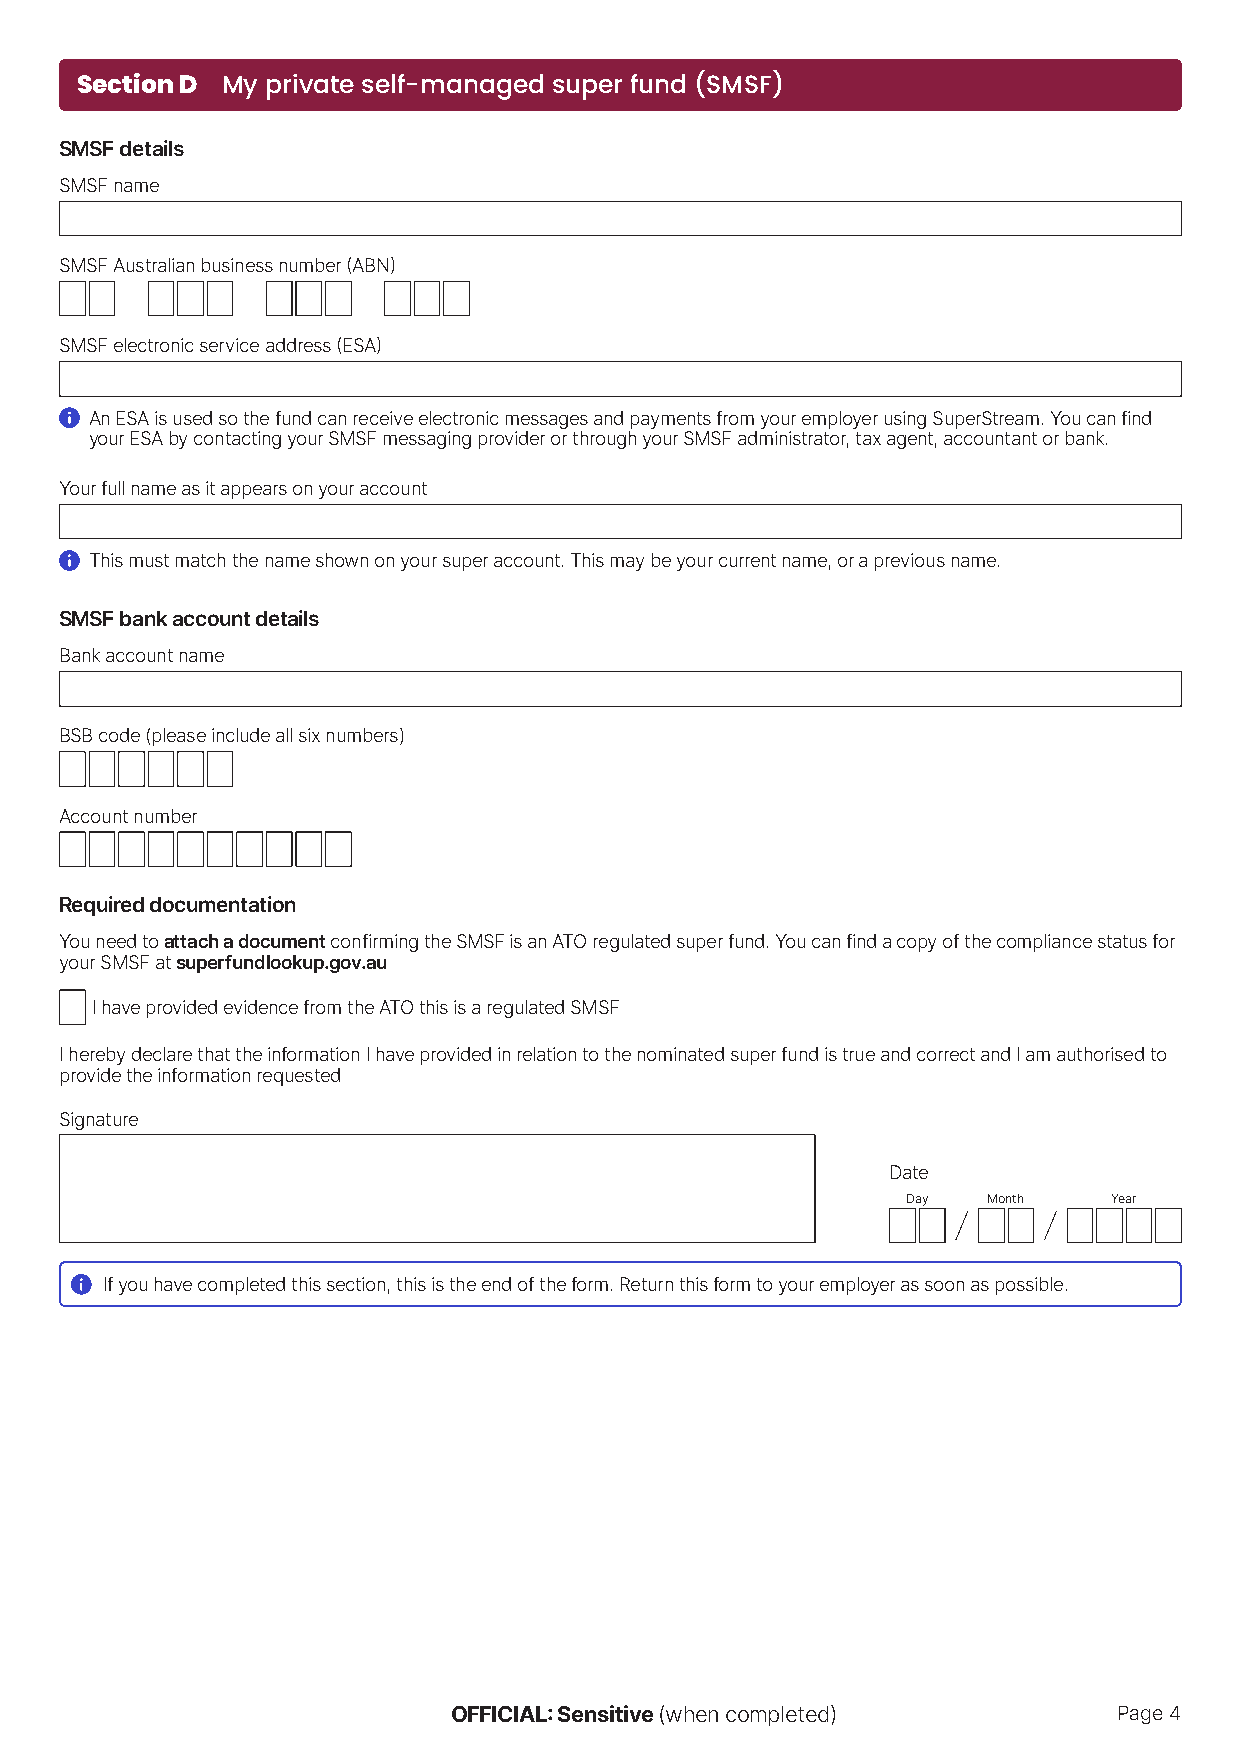
Section D My private self-managed super fund (SMSF)
 SMSF details
 SMSF name
 SMSF Australian business number (ABN)
 SMSF electronic service address (ESA)
 An ESA is used so the fund can receive electronic messages and payments from your employer using SuperStream. You can find
 your ESA by contacting your SMSF messaging provider or through your SMSF administrator, tax agent, accountant or bank.
 Your full name as it appears on your account
 This must match the name shown on your super account. This may be your current name, or a previous name.
 SMSF bank account details
 Bank account name
 BSB code (please include all six numbers)
 Account number
 Required documentation
 You need to attach a document confirming the SMSF is an ATO regulated super fund. You can find a copy of the compliance status for
 your SMSF at superfundlookup.gov.au
 I have provided evidence from the ATO this is a regulated SMSF
 I hereby declare that the information I have provided in relation to the nominated super fund is true and correct and I am authorised to
 provide the information requested
 Signature
 Date
 Day  Month    Year
 If you have completed this section, this is the end of the form. Return this form to your employer as soon as possible.
 OFFICIAL: Sensitive (when completed)        Page 4